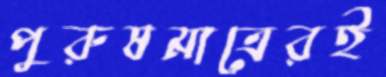
পুরুষমাত্রেরই